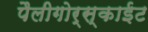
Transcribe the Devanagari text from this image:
पैलीगोर्स्काईट